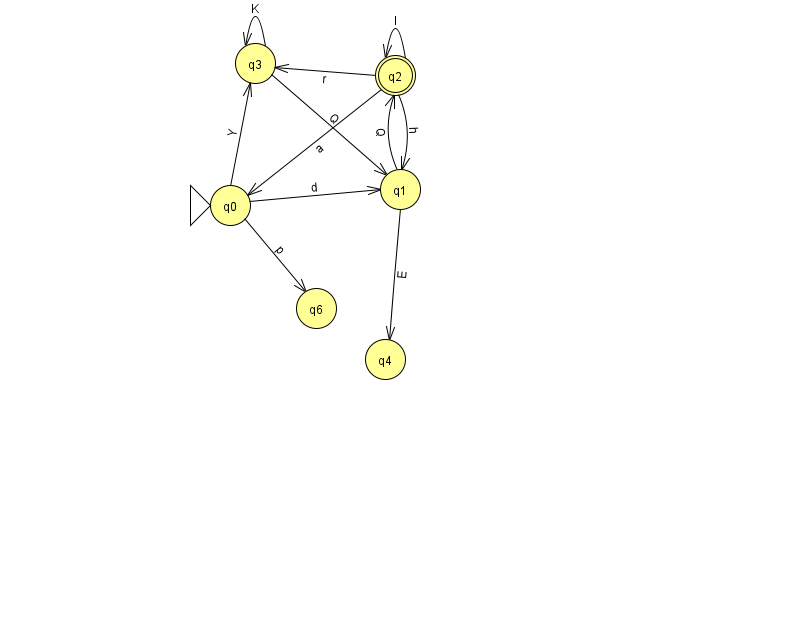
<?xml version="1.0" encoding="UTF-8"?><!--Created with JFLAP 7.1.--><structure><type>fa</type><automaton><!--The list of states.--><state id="0" name="q0"><x>230.0</x><y>192.0</y><initial/></state><state id="1" name="q1"><x>400.0</x><y>176.0</y></state><state id="2" name="q2"><x>395.0</x><y>62.0</y><final/></state><state id="3" name="q3"><x>255.0</x><y>50.0</y></state><state id="4" name="q4"><x>385.0</x><y>346.0</y></state><state id="6" name="q6"><x>316.0</x><y>295.0</y></state><!--The list of transitions.--><transition><from>2</from><to>0</to><read>a</read></transition><transition><from>2</from><to>1</to><read>h</read></transition><transition><from>0</from><to>6</to><read>p</read></transition><transition><from>1</from><to>4</to><read>E</read></transition><transition><from>2</from><to>3</to><read>r</read></transition><transition><from>0</from><to>1</to><read>d</read></transition><transition><from>2</from><to>2</to><read>I</read></transition><transition><from>3</from><to>1</to><read>Q</read></transition><transition><from>3</from><to>3</to><read>K</read></transition><transition><from>0</from><to>3</to><read>Y</read></transition><transition><from>1</from><to>2</to><read>Q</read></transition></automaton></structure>